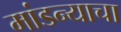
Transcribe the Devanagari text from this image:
मांडन्याचा